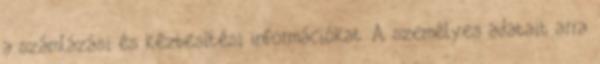
a számlázási és kézbesítési információkat. A személyes adatait arra